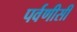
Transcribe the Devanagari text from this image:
पर्वणीसी